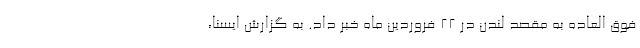
فوق العاده به مقصد لندن در ۲۲ فروردین ماه خبر داد. به گزارش ایسنا،